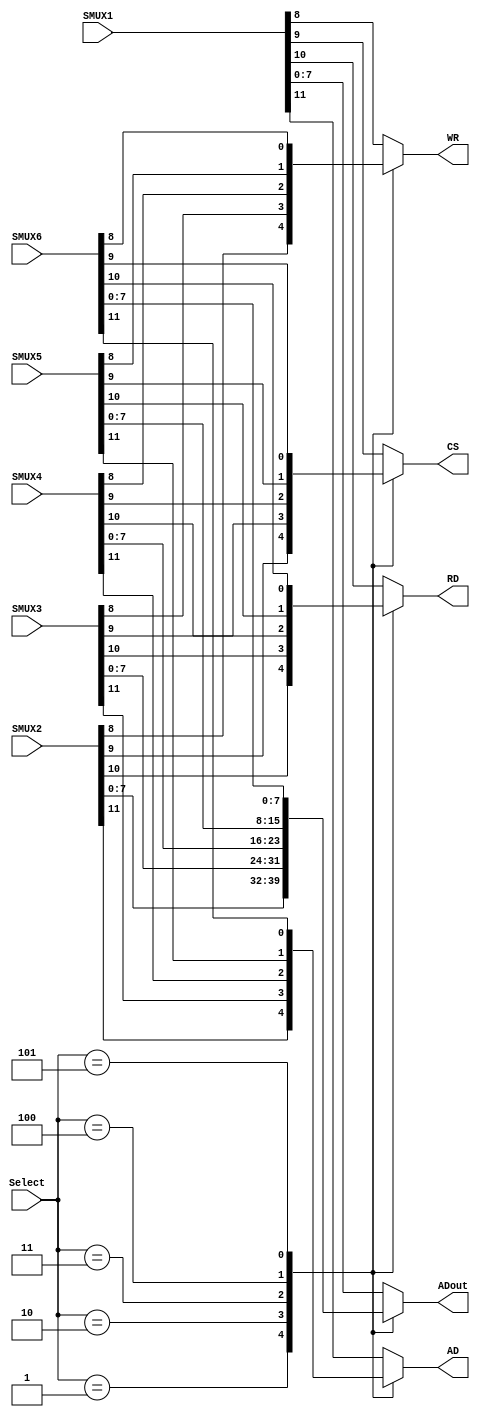
`timescale 1ns / 1ps
//////////////////////////////////////////////////////////////////////////////////
// Company: 
// Engineer: 
// 
// Design Name: 
// Module Name:    MUXRTC 
// Project Name: 
// Target Devices: 
// Tool versions: 
// Description: 
//
// Dependencies: 
//
// Revision: 
// Revision 0.01 - File Created
// Additional Comments: 
//
//////////////////////////////////////////////////////////////////////////////////
module MUXRTC(
    input [11:0]SMUX1,
    input [11:0]SMUX2,
    input [11:0]SMUX3,
    input [11:0]SMUX4,
	 input [11:0]SMUX5,
	 input [11:0]SMUX6,
	 input [2:0]Select,
    output reg AD,
    output reg RD,
    output reg CS,
    output reg WR,
    output reg [7:0] ADout
    );
	 
always @*
	begin
	case(Select)
	3'b000:begin
			 AD<=SMUX1[11];
			 RD<=SMUX1[10];
			 CS<=SMUX1[9];
			 WR<=SMUX1[8];
			 ADout<=SMUX1[7:0];
			 end
	3'b001:begin
			 AD<=SMUX2[11];
			 RD<=SMUX2[10];
			 CS<=SMUX2[9];
			 WR<=SMUX2[8];
			 ADout<=SMUX2[7:0];
			 end
	3'b010:begin
			 AD<=SMUX3[11];
			 RD<=SMUX3[10];
			 CS<=SMUX3[9];
			 WR<=SMUX3[8];
			 ADout<=SMUX3[7:0];
			 end
	3'b011:begin
			 AD<=SMUX4[11];
			 RD<=SMUX4[10];
			 CS<=SMUX4[9];
			 WR<=SMUX4[8];
			 ADout<=SMUX4[7:0];
			 end
	3'b100:begin
			 AD<=SMUX5[11];
			 RD<=SMUX5[10];
			 CS<=SMUX5[9];
			 WR<=SMUX5[8];
			 ADout<=SMUX5[7:0];
			 end
	3'b101:begin
			 AD<=SMUX6[11];
			 RD<=SMUX6[10];
			 CS<=SMUX6[9];
			 WR<=SMUX6[8];
			 ADout<=SMUX6[7:0];
			 end
	default:begin
			AD<=SMUX1[11];
			RD<=SMUX1[10];
			CS<=SMUX1[9];
			WR<=SMUX1[8];
			ADout<=SMUX1[7:0];
			end
	endcase
	end
endmodule